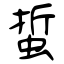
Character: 蜇